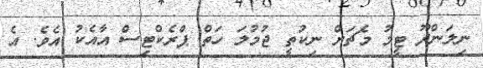
ނިލަންދޫ ޓީމު މެޗަށް ނިކުތީ ޖުމުލަ ހަތް ޕްރެކްޓިސް އާއެކު އެވެ. އެ